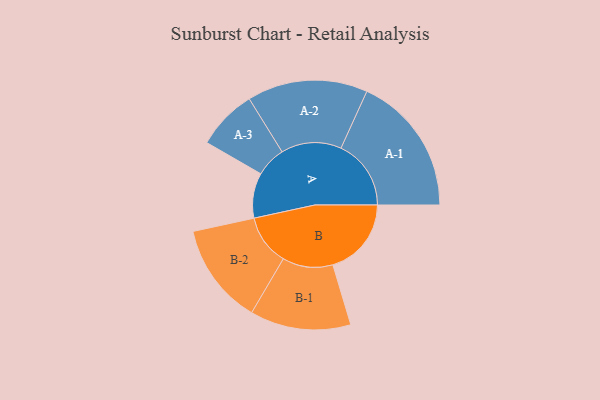
{"axis": {"x": "Segment", "y": "Value"}, "legend": ["", "A", "B"], "data": [{"x": "A", "y": 188, "type": ""}, {"x": "B", "y": 327, "type": ""}, {"x": "A-1", "y": 292, "type": "A"}, {"x": "A-2", "y": 251, "type": "A"}, {"x": "A-3", "y": 126, "type": "A"}, {"x": "B-1", "y": 210, "type": "B"}, {"x": "B-2", "y": 211, "type": "B"}]}